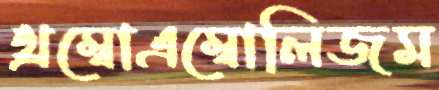
থ্রম্বোএম্বোলিজম